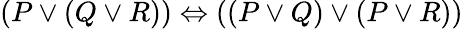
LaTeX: (P\lor(Q\lor R))\Leftrightarrow((P\lor Q)\lor(P\lor R))